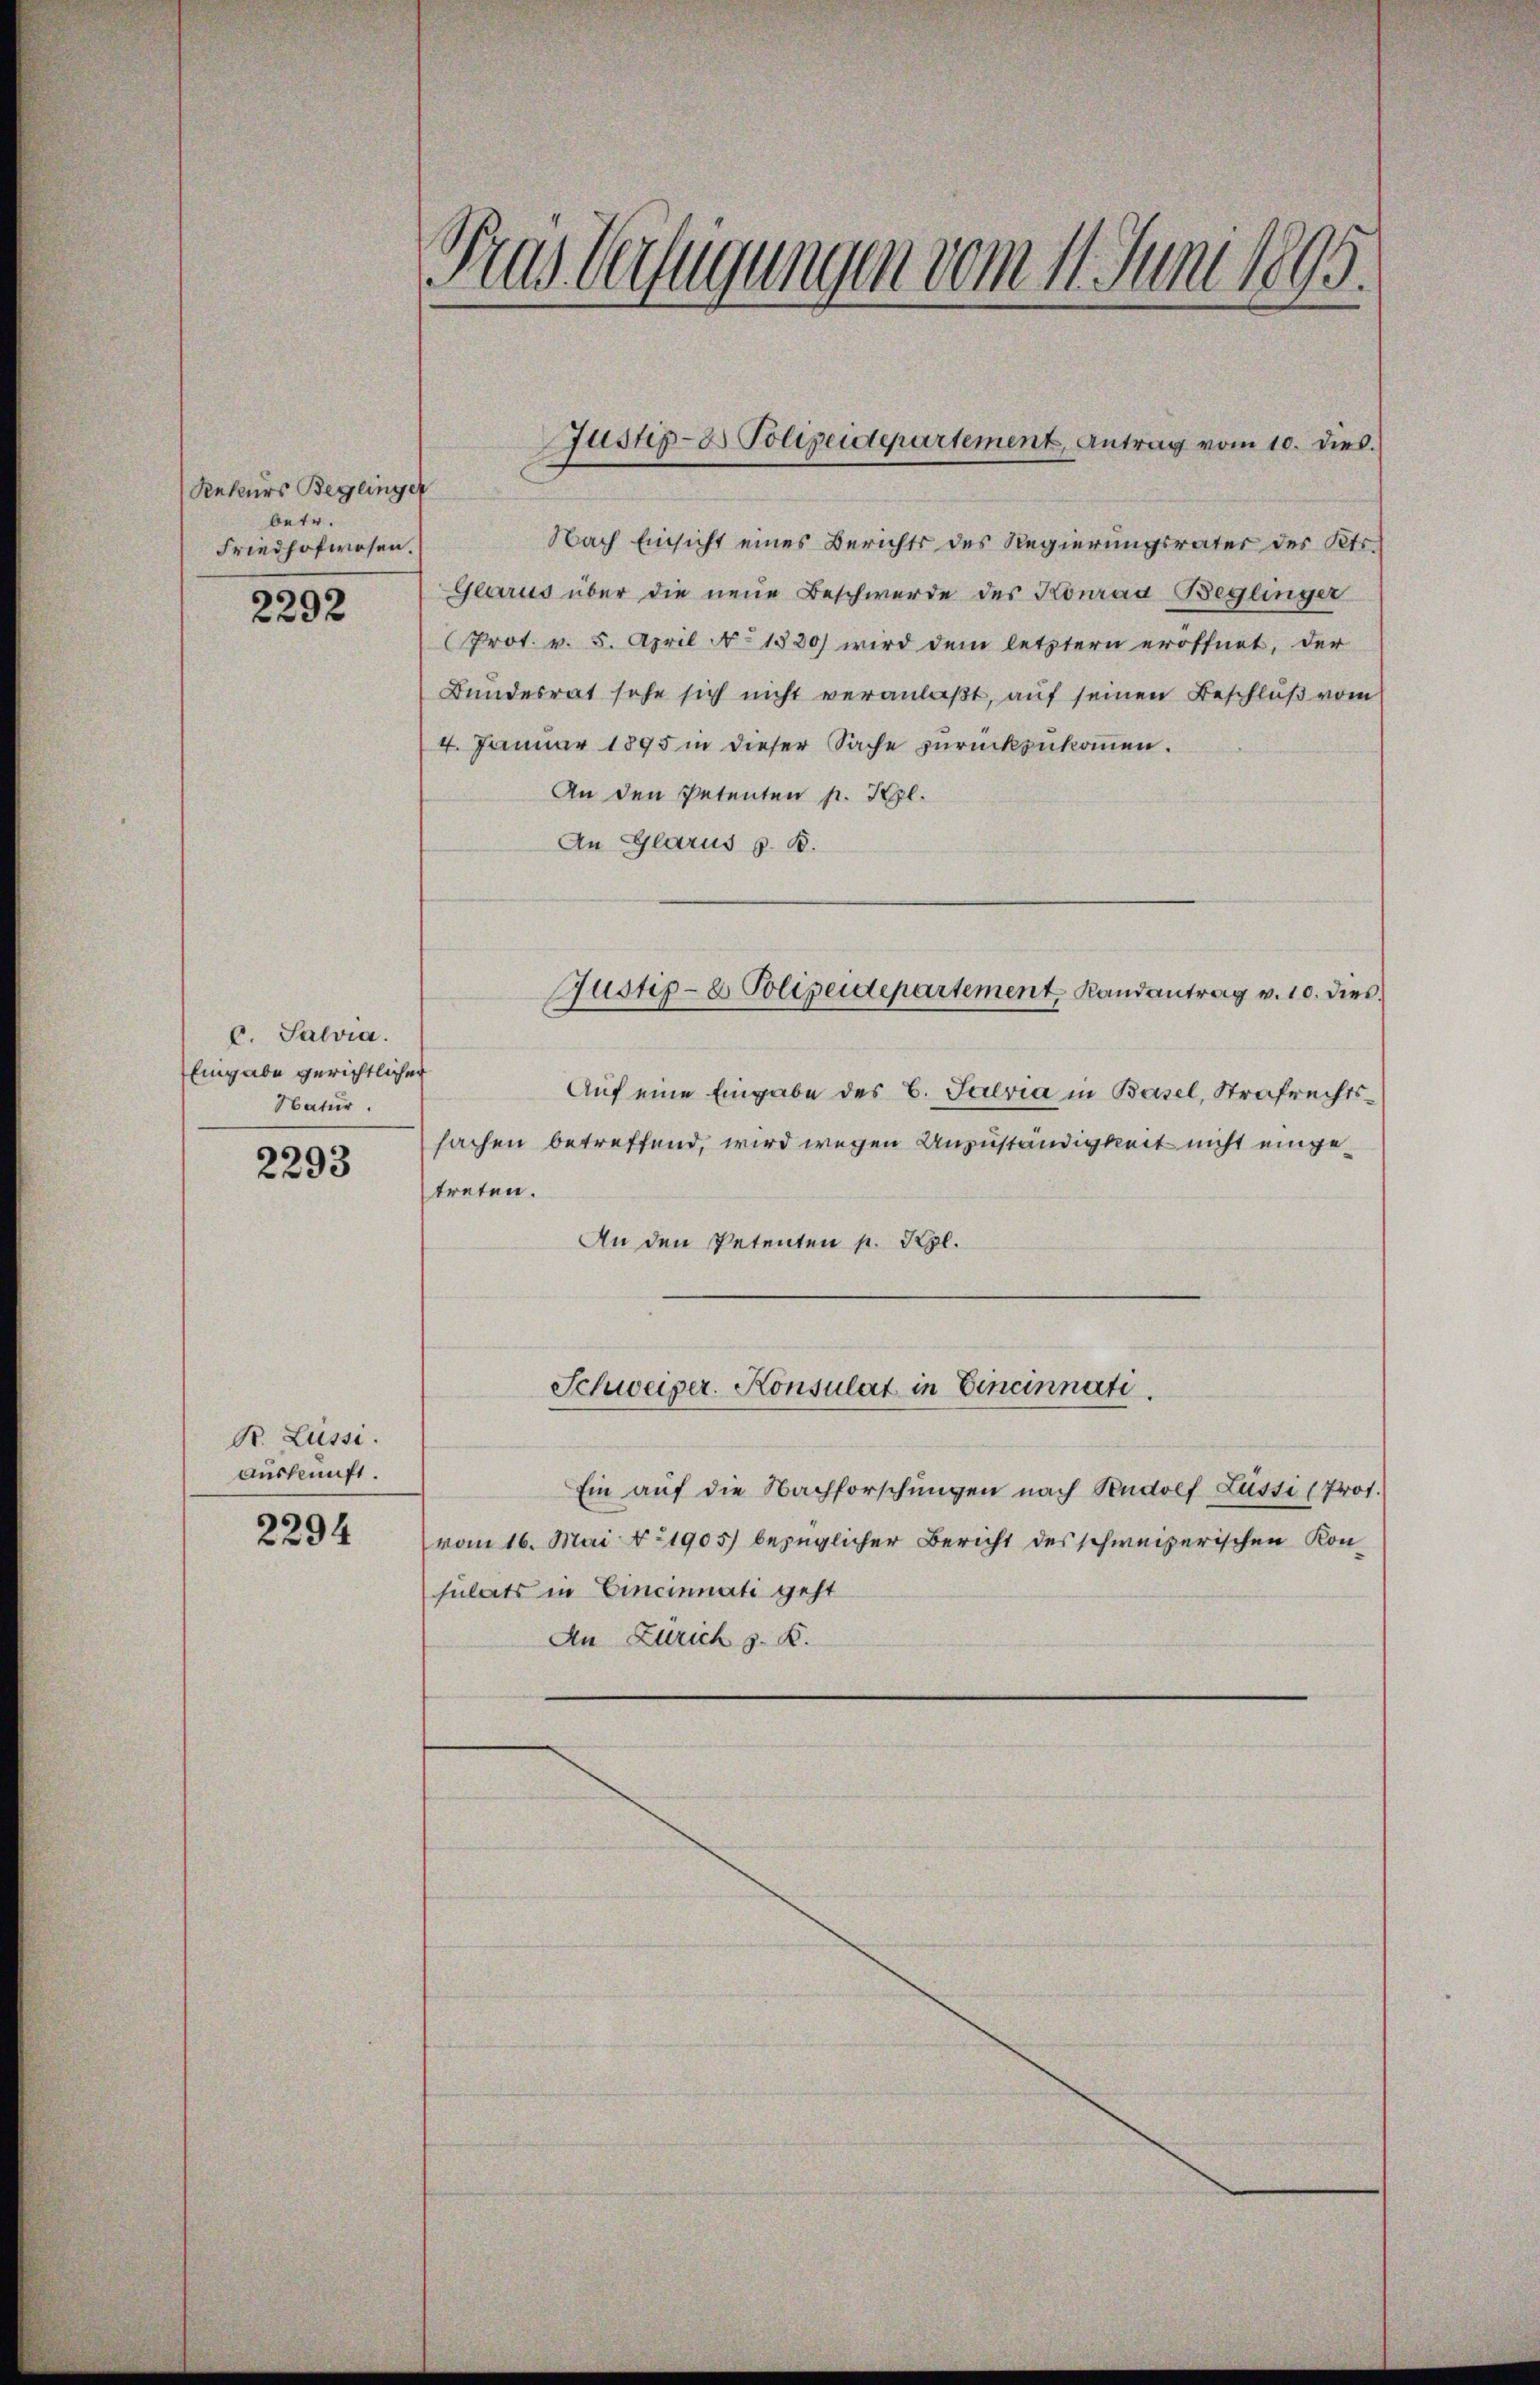
Rekurs Beglinger
betr.
Friedhofwesen.

2292

c. Salvia.
Eingabe gerichtlicher
Natur.

2293

Br. Lüssi
Auskunft.
2294

Tras Verfügungen vom 11. Juni 1895.

Nach Einsicht eines Berichts des Regierungsrater des Kts.
Glarus über die neue Beschwerde des Konrad Beglinger
Prot. v. 5. April No 1530) wird dem letztern eröffnet, der
Bundesrat sehe sich nicht veranlaßt, auf seinen Beschluß vom
4. Januar 1895 in dieser Sache zurückzukommen.
An den Petenten pr. Kgl.
An Glarus z. B.
Auf eine Eingabe des C. Salvia in Basel, Strafrechtssachen betreffend, wird wegen Anzuständigkeit nicht eingetreten.
An den Petenten p. Kgl.
Schweizer-Konsulat in Eincinnati
Ein auf die Nachforschungen nach Rudolf Lüssi (Prot.
vom 16. Mai 1905) bezüglicher Bericht des schweizerischen Konsulats in Cincinnati geht
An Zürich s. B.

Justiz- & Polizeidepartement, Antrag vom 10. dies.

Justiz- & Polizeidepartement, Randantrag v. 10. dies